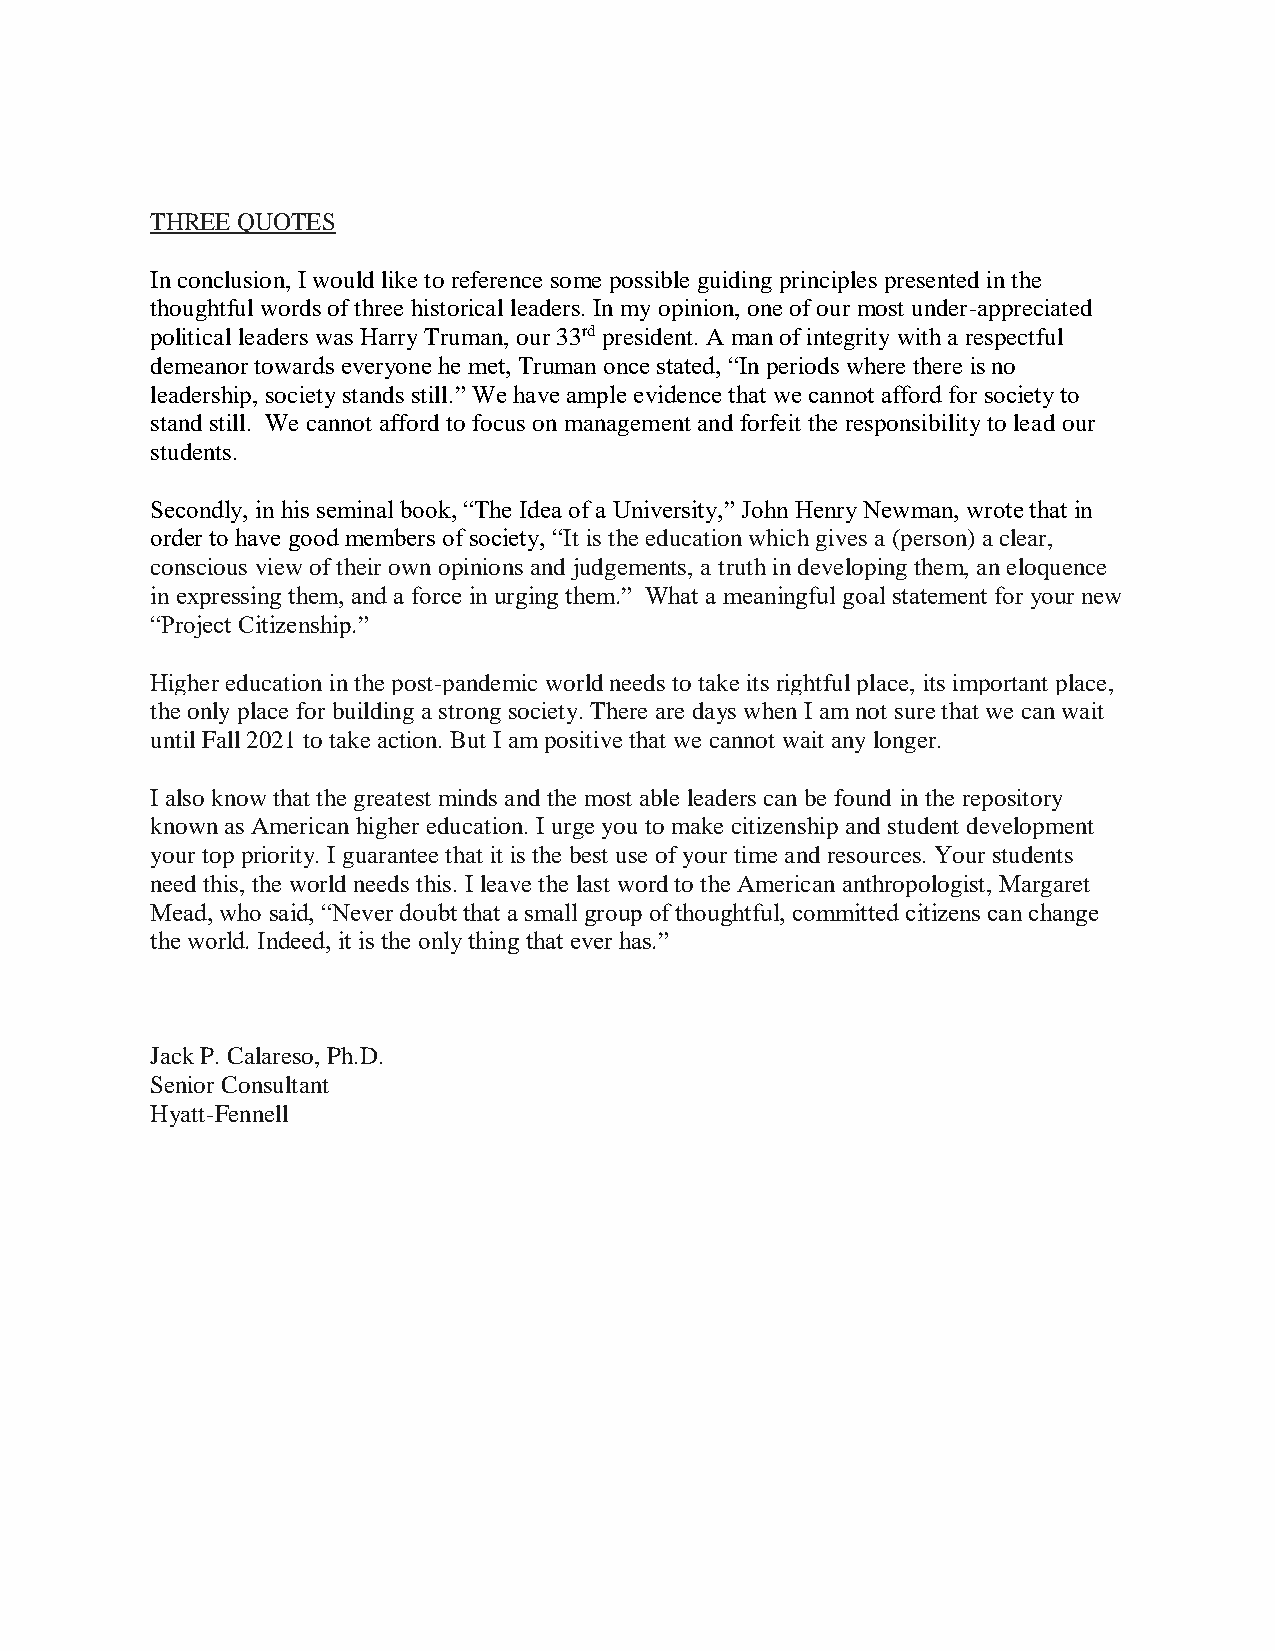
THREE QUOTES
 In conclusion, I would like to reference some possible guiding principles presented in the
 thoughtful words of three historical leaders. In my opinion, one of our most under-appreciated
 political leaders was Harry Truman, our 33rd president. A man of integrity with a respectful
 demeanor towards everyone he met, Truman once stated, “In periods where there is no
 leadership, society stands still.” We have ample evidence that we cannot afford for society to
 stand still. We cannot afford to focus on management and forfeit the responsibility to lead our
 students.
 Secondly, in his seminal book, “The Idea of a University,” John Henry Newman, wrote that in
 order to have good members of society, “It is the education which gives a (person) a clear,
 conscious view of their own opinions and judgements, a truth in developing them, an eloquence
 in expressing them, and a force in urging them.” What a meaningful goal statement for your new
 “Project Citizenship.”
 Higher education in the post-pandemic world needs to take its rightful place, its important place,
 the only place for building a strong society. There are days when I am not sure that we can wait
 until Fall 2021 to take action. But I am positive that we cannot wait any longer.
 I also know that the greatest minds and the most able leaders can be found in the repository
 known as American higher education. I urge you to make citizenship and student development
 your top priority. I guarantee that it is the best use of your time and resources. Your students
 need this, the world needs this. I leave the last word to the American anthropologist, Margaret
 Mead, who said, “Never doubt that a small group of thoughtful, committed citizens can change
 the world. Indeed, it is the only thing that ever has.”
 Jack P. Calareso, Ph.D.
 Senior Consultant
 Hyatt-Fennell